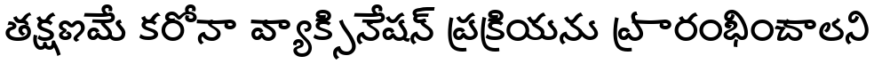
తక్షణమే కరోనా వ్యాక్సినేషన్ ప్రక్రియను ప్రారంభించాలని